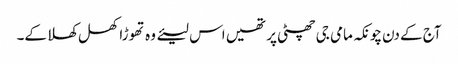
آج کے دن چونکہ مامی جی چھٹی پر تھیں اس لیئے وہ تھوڑا کھل کھلا کے۔